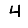
Digit: 4